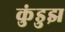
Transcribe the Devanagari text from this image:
कुंडुझ